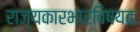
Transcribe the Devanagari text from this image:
राज्यकारभारविषयक